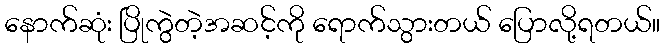
နောက်ဆုံး ပြိုကွဲတဲ့အဆင့်ကို ရောက်သွားတယ် ပြောလို့ရတယ်။